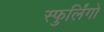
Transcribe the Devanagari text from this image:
स्फुर्लिंगों